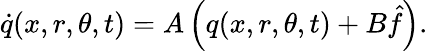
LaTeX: \dot{q}(x,r,\theta,t)=A\left(q(x,r,\theta,t)+B\hat{f}\right).